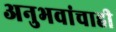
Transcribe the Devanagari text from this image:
अनुभवांचाही